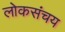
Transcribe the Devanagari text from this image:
लोकसंचय